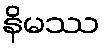
နိမဿ